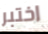
اختبر